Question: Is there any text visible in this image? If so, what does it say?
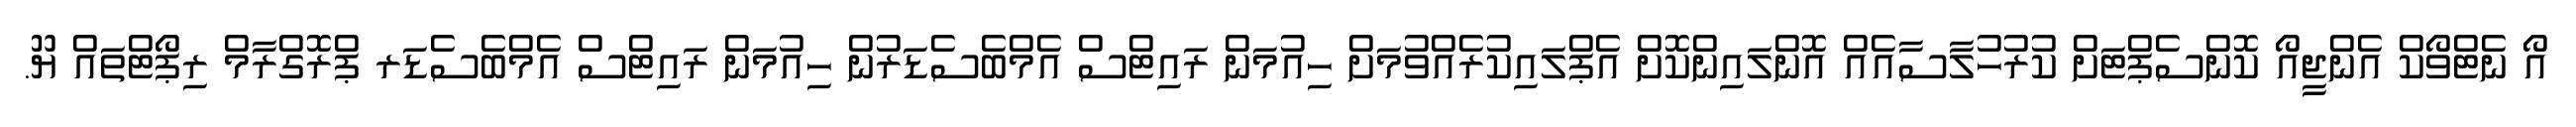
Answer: އޯ ނެޓްވޯކް އެންޖީއޯ ކޮންސެޕްޓަށް ކުރުހުލާސާއެއް އޮންލައިންކޮށް އެޕްލައިކުރެއްވުމަށް ހިއުމަން ރައިޓްސް އެމްބެސެޑަރުން ހިއުމަން ރައިޓްސް އެމްބެސެޑަރ ޕްރޮގްރާމް ރިޕޯޓްތައް ޔޫ.